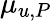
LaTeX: \mu_{u,P}